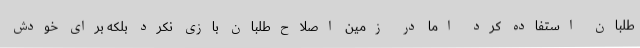
طلبان استفاده کرد اما در زمین اصلاح‌طلبان بازی نکرد بلکه برای خودش